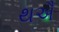
થઐ